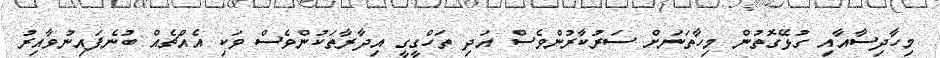
މިހާދިސާއާއި ގުޅޭގޮތުން މިހާތަނަށް ސަރުކާރުންވެސް އަދި ތަހްގީގީ އިދާރާތަކުންވެސް ވަކި އެއްޗެއް ބުނެފައިނުވާއިރު